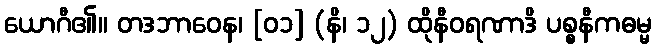
ယောဂီ၏။ တဒဘာဝေန၊ [၀၁] (နိ၊ ၁၂) ထိုနီဝရဏာဒိ ပစ္စနီကဓမ္မ